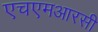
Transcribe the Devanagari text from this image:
एचएमआरसी